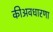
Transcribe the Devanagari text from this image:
कीअवधारणा